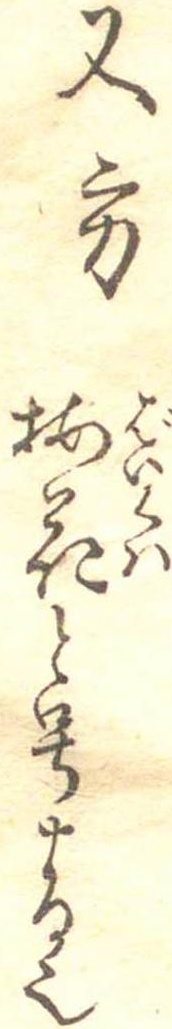
又方梅花と号する也